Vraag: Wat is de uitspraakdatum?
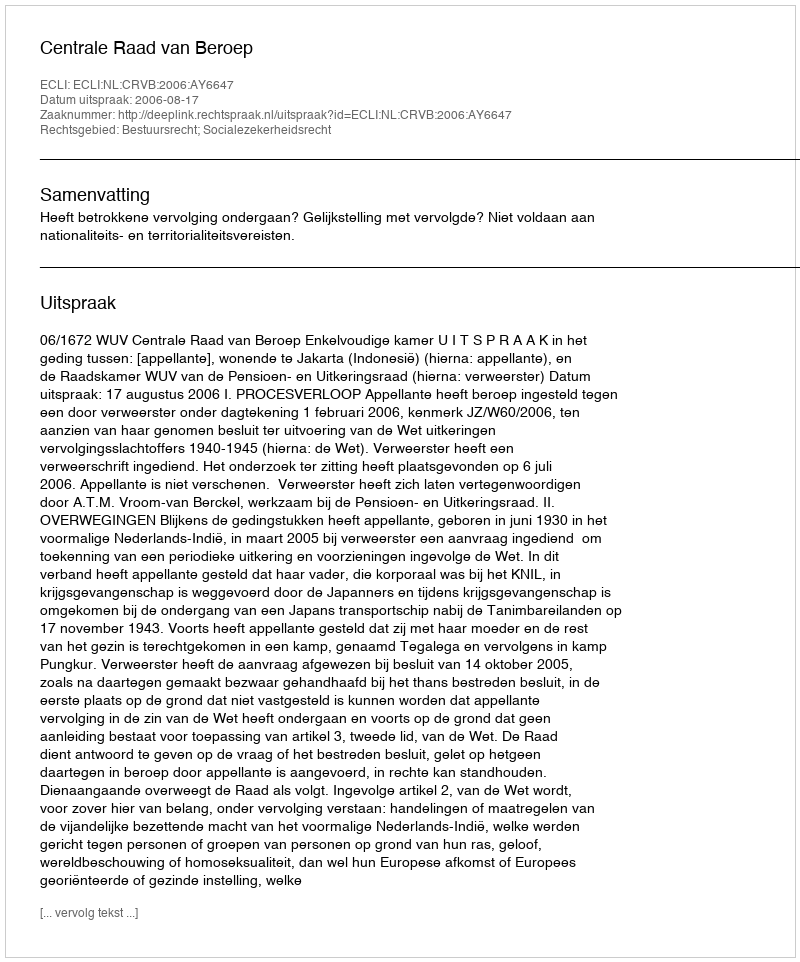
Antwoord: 2006-08-17